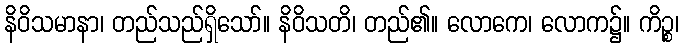
နိဝိသမာနာ၊ တည်သည်ရှိသော်။ နိဝိသတိ၊ တည်၏။ လောကေ၊ လောက၌။ ကိဉ္စ၊